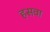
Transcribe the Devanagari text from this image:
हसवा